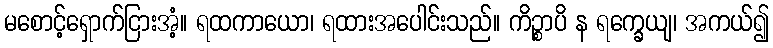
မစောင့်ရှောက်ငြားအံ့။ ရထကာယော၊ ရထားအပေါင်းသည်။ ကိဉ္စာပိ န ရက္ခေယျ၊ အကယ်၍